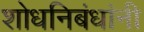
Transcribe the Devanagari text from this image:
शोधनिबंधांनी